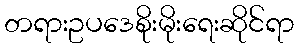
တရားဥပဒေစိုးမိုးရေးဆိုင်ရာ